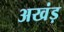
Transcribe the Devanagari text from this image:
अखंड़